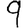
Digit: 9